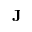
\mathbf { J }